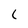
Character: 1